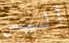
أليس